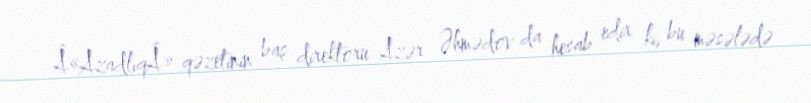
Â«AzadlıqÂ» qəzetinin baş direktoru Azər Əhmədov da hesab edir ki, bu məsələdə